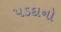
પડદાનો